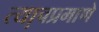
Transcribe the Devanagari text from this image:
त्या़चप्रमाणे